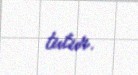
tutur.